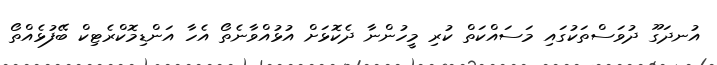
އުނދަގޫ ދުވަސްތަކުގައި މަސައްކަތް ކުރި މީހުންނާ ދެކޮޅަށް އުޅުއްވާނެތޯ އެހާ އަންޑިމޮކްރެޓިކް ބޭފުޅެއްތޯ